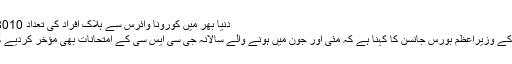
دنیا بھر میں کورونا وائرس سے ہلاک افراد کی تعداد 8010 ہو گئی
برطانیہ کے وزیراعظم بورس جانسن کا کہنا ہے کہ مئی اور جون میں ہونے والے سالانہ جی سی ایس سی کے امتحانات بھی مؤخر کردیے گئے ہیں۔